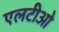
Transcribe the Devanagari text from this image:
एलटीओ